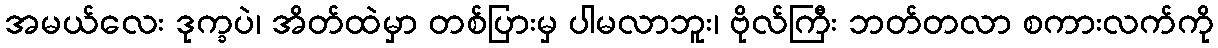
အမယ်လေး ဒုက္ခပဲ၊ အိတ်ထဲမှာ တစ်ပြားမှ ပါမလာဘူး၊ ဗိုလ်ကြီး ဘတ်တလာ စကားလက်ကို